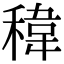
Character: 稦